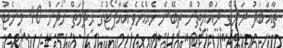
ތާއަބަދު ރަށުގެ ރައްޔިތުން ތިބޭނެ ހެއްޔެވެ އެއާޕޯޓުގެ ޙިދުމަތް ހޯދަން 40 މިނެޓު